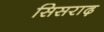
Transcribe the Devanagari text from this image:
सिसराढ़